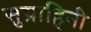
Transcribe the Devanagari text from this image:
सुग्राहिनी